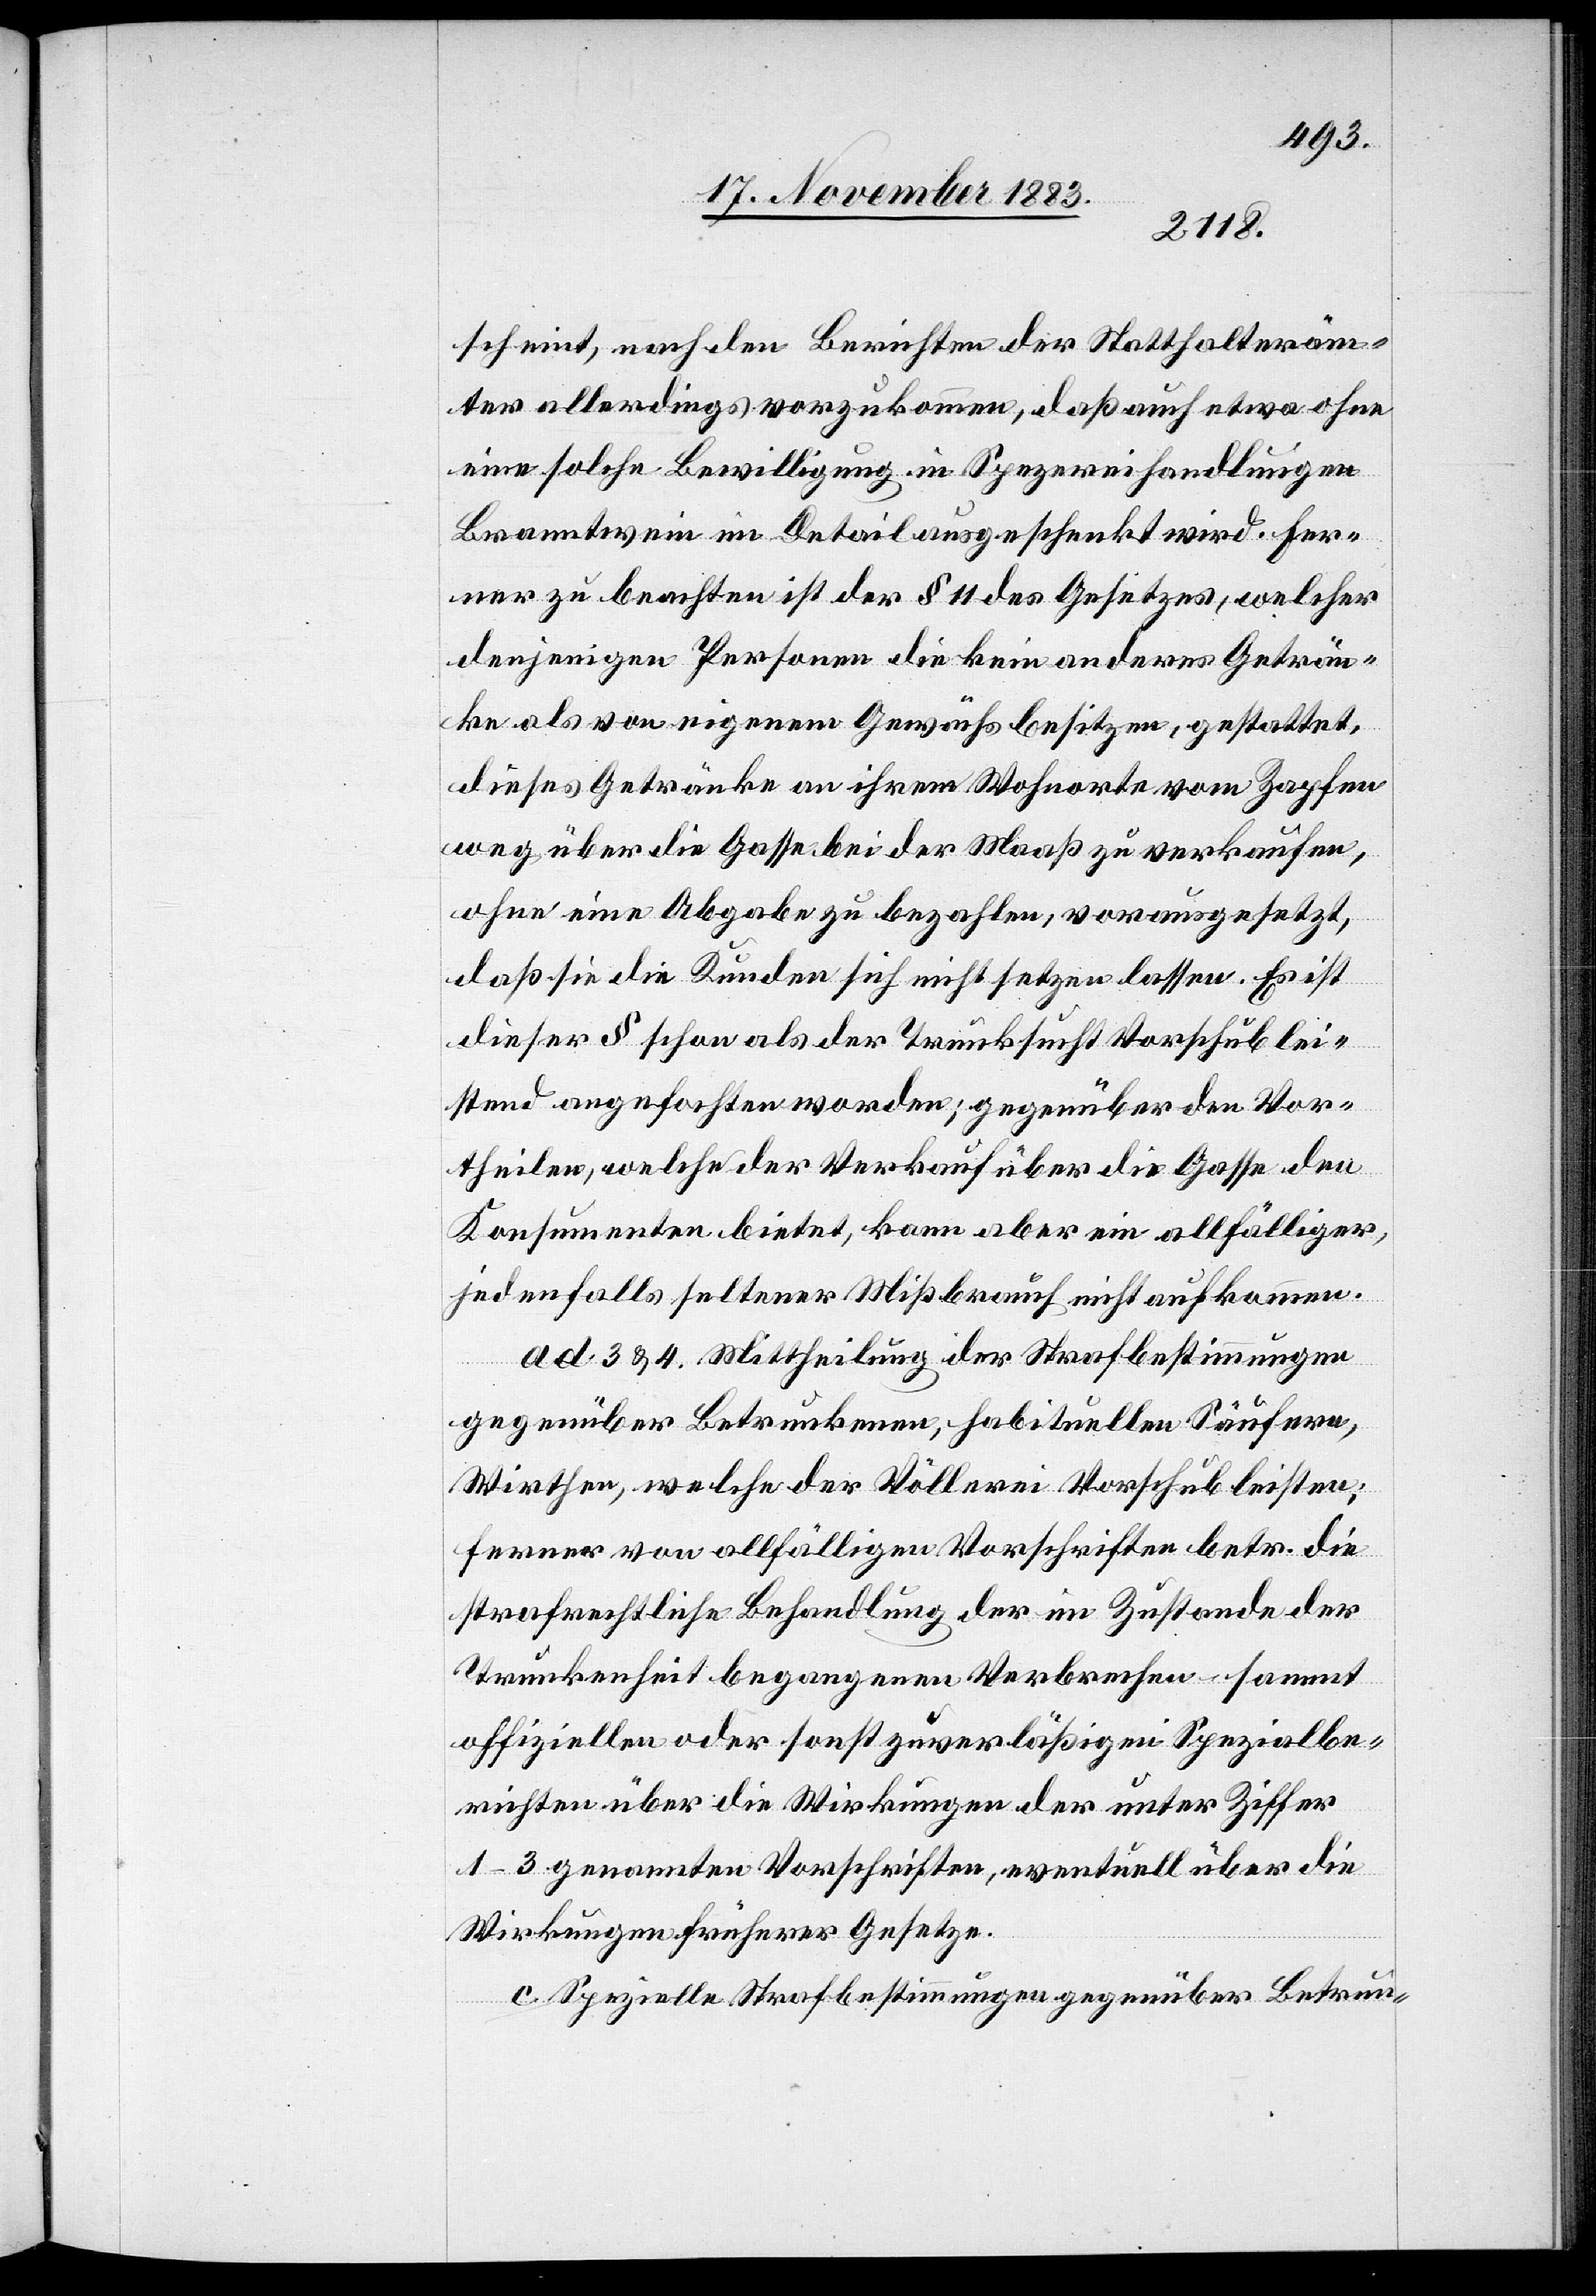
scheint, nach dem Berichte der Statthalteräm¬
ter allerdings vorzukommen, daß etwa ohne
eine solche Bewilligung in Spezereihandlungen
Branntwein im Detail ausgeschenkt wird. Fer¬
ner zu beachten ist der § 11 des Gesetzes, welcher
denjenigen Personen die kein anderes Geträn¬
ke als von eigenem Gewächs besitzen, gestattet,
dieses Getränke an ihrem Wohnorte vom Zapfen
weg über die Gasse bei der Maaß zu verkaufen,
ohne eine Abgabe zu bezahlen, vorausgesetzt,
daß sie die Kunden sich nicht setzen lassen. Es ist
dieser § schon als der Trunksucht Vorschub lei¬
stend angefochten worden; gegenüber den Vor¬
theilen, welche der Verkauf über die Gasse den
Konsumenten bietet, kann aber ein allfälliger,
jedenfalls seltener Mißbrauch nicht aufkommen.
ad 3 & 4. Mittheilung der Strafbestimmungen
gegenüber Betrunkenen, habituellen Säufern,
Wirthen, welche der Völlerei Vorschub leisten;
ferner von allfälligen Vorschriften betr. die
strafrechtliche Behandlung der im Zustande der
Trunkenheit begangenen Verbrechen – sammt
offiziellen oder sonst zuverläßigen Spezialbe¬
richten über die Wirkungen der unter Ziffer
1–3 genannten Vorschriften, eventuell über die
Wirkungen früherer Gesetze.
c. Spezielle Strafbestimmungen gegenüber Betrun-